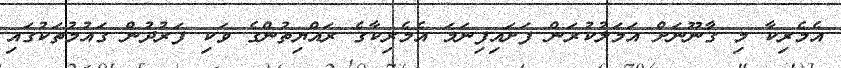
އެމެރިކާ މި ގާނޫނަށް އަމަލުކުރަން ފަށައިފިނަމަ އެމެރިކާގެ ރައްޔިތުންގެ ވަކި ފަރުދުން ގައުމުތަކުގައި